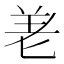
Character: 𭅒